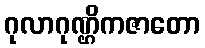
ဂုလာဂုဏ္ဌိကဇာတော